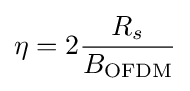
\eta =2{\frac {R_{s}}{B_{\text{OFDM}}}}